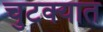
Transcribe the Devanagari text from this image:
चुटक्यात